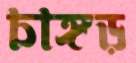
চাঙ্গড়